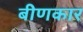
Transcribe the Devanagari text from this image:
बीणकार